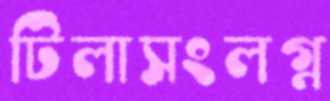
টিলাসংলগ্ন